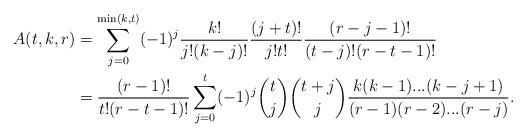
LaTeX: \begin{align*}A(t,k,r)&=\sum_{j=0}^{\min(k,t)} (-1)^{j}\frac{k!}{j!(k-j)!}\frac{(j+t)!}{j!t!}\frac{(r-j-1)!}{(t-j)!(r-t-1)!}\\&=\frac{(r-1)!}{t!(r-t-1)!}\sum_{j=0}^t(-1)^{j}\binom{t}{j}\binom{t+j}{j}\frac{k(k-1)...(k-j+1)}{(r-1)(r-2)...(r-j)}.\end{align*}